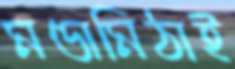
মণ্ডামিঠাই